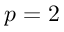
p = 2